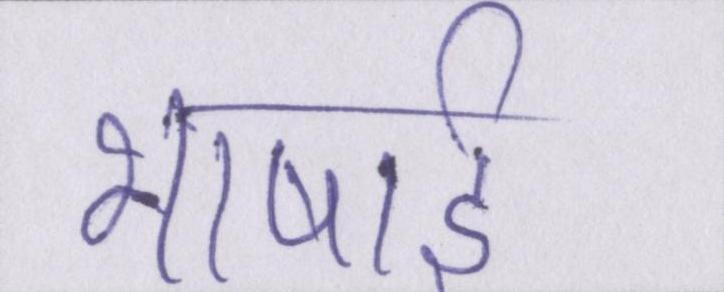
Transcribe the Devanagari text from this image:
भाषाई